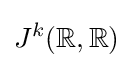
J^{k}(\mathbb {R} ,\mathbb {R} )